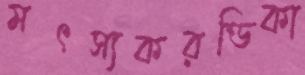
মৎস্যকরণ্ডিকা